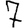
Digit: 7